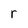
Character: r